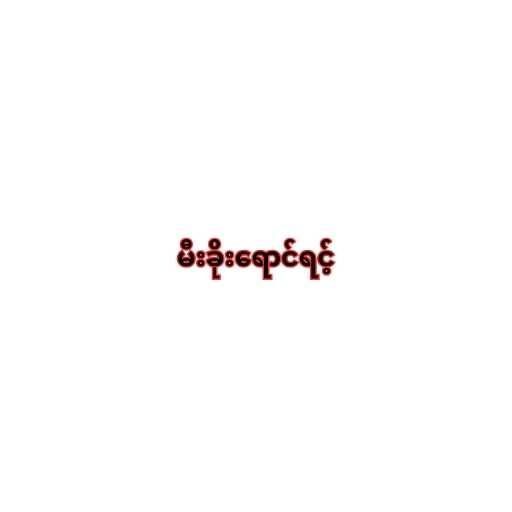
မီးခိုးရောင်ရင့်